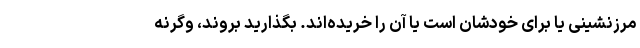
مرزنشینی یا برای خودشان است یا آن را خریده‌اند. بگذارید بروند، وگرنه